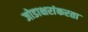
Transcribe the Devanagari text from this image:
जोडाक्षरांकरता